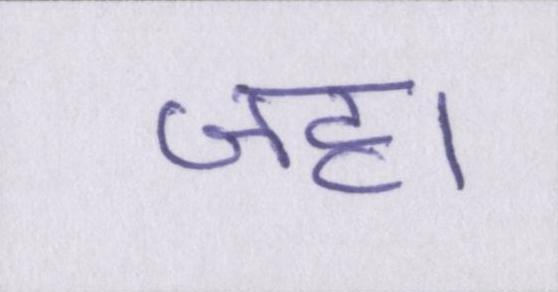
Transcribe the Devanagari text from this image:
जहा